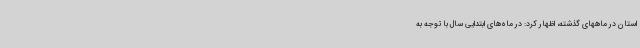
استان در ماههای گذشته، اظهار کرد: در ماه‌های ابتدایی سال با توجه به